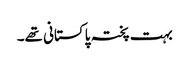
بہت پختہ پاکستانی تھے۔